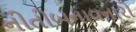
નીતીબનાવનારો